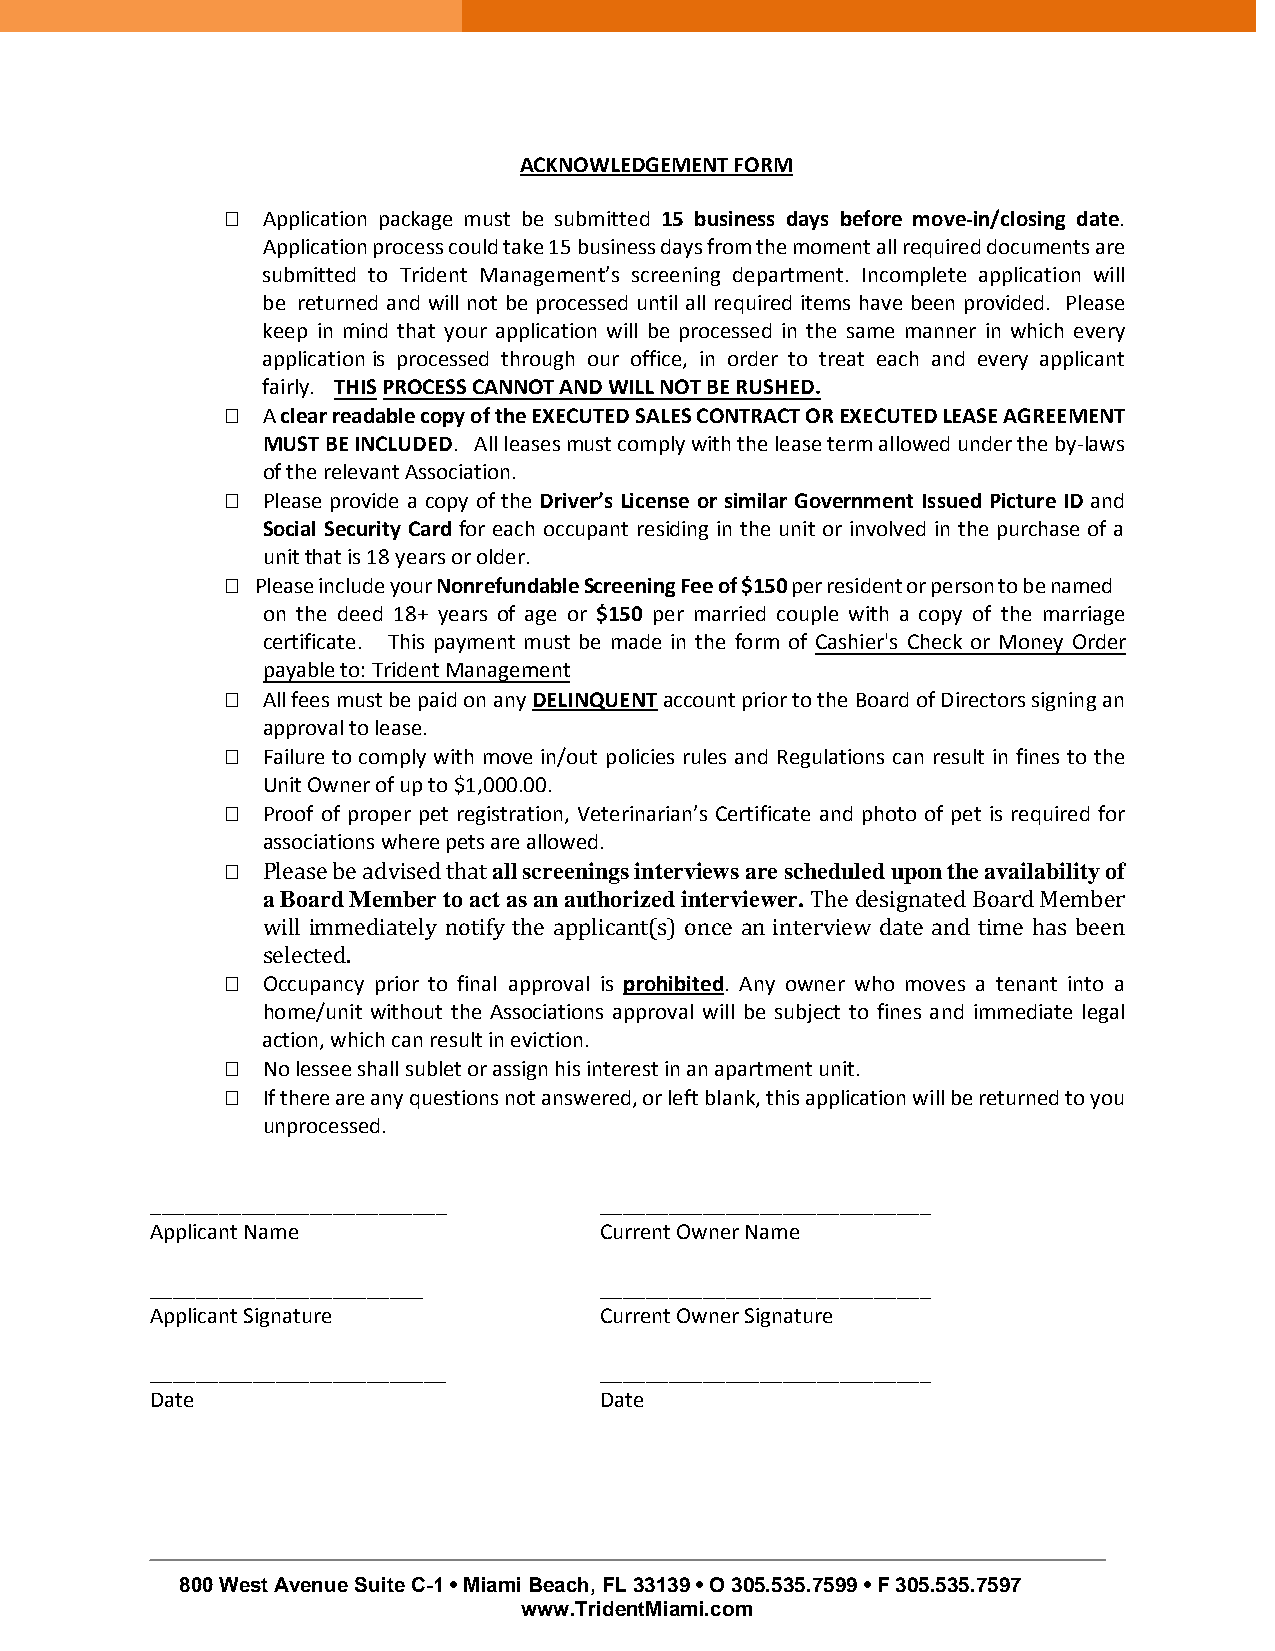
ACKNOWLEDGEMENT FORM
  Application package must be submitted 15 business days before move-in/closing date.
 Application process could take 15 business days from the moment all required documents are
 submitted to Trident Management’s screening department. Incomplete application will
 be returned and will not be processed until all required items have been provided. Please
 keep in mind that your application will be processed in the same manner in which every
 application is processed through our office, in order to treat each and every applicant
 fairly. THIS PROCESS CANNOT AND WILL NOT BE RUSHED.
  A clear readable copy of the EXECUTED SALES CONTRACT OR EXECUTED LEASE AGREEMENT
 MUST BE INCLUDED. All leases must comply with the lease term allowed under the by-laws
 of the relevant Association.
  Please provide a copy of the Driver’s License or similar Government Issued Picture ID and
 Social Security Card for each occupant residing in the unit or involved in the purchase of a
 unit that is 18 years or older.
  Please include your Nonrefundable Screening Fee of $150 per resident or person to be named
 on the deed 18+ years of age or $150 per married couple with a copy of the marriage
 certificate. This payment must be made in the form of Cashier's Check or Money Order
 payable to: Trident Management
  All fees must be paid on any DELINQUENT account prior to the Board of Directors signing an
 approval to lease.
  Failure to comply with move in/out policies rules and Regulations can result in fines to the
 Unit Owner of up to $1,000.00.
  Proof of proper pet registration, Veterinarian’s Certificate and photo of pet is required for
 associations where pets are allowed.
                  all screenings interviews are scheduled upon the availability of
 a Board Member to act as an authorized interviewer.
 Please be advised that
 The designated Board Member
  wOcicllu ipmanmcye dpiraitoerl yto n fointiafyl atphper oavpapl liics apnrto(hs)ib oitnecde. Aanny i notwernveire wwh doa mteo avnesd at imteen ahnats i nbteoe na
 hseolmecet/eudn.it without the Associations approval will be subject to fines and immediate legal
 action, which can result in eviction.
  No lessee shall sublet or assign his interest in an apartment unit.
  If there are any questions not answered, or left blank, this application will be returned to you
 unprocessed.
 __________________________    _____________________________
 Applicant Name                Current Owner Name
 ________________________      _____________________________
 Applicant Signature           Current Owner Signature
 __________________________    _____________________________
 Date                          Date
 800 West Avenue Suite C-1 • Miami Beach, FL 33139 • O 305.535.7599 • F 305.535.7597
 www.TridentMiami.com